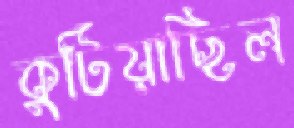
কুটিয়াছিল